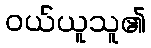
ဝယ်ယူသူ၏